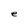
Character: e